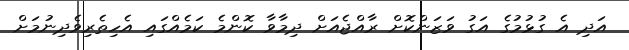
އަދި އެ ގުޅުމުގެ އަގު ވަޒަންކޮށް ރާއްޖެއަށް ދިމާވާ ކޮންމެ ކަމެއްގައި އެހިތެރިވެދިނުމަށް